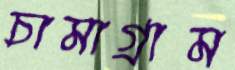
চামাগ্রাম